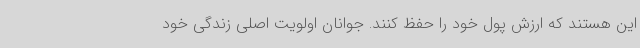
این هستند که ارزش پول خود را حفظ کنند. جوانان اولویت اصلی زندگی خود